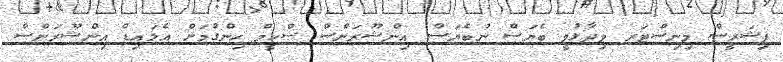
ފިޝަރީސް މިނިސްޓަރ ވިދާޅުވީ ބެޔަސް ނުބެޔަސް އިންޝޫރަންސް ސްކީމް ހިންގުމަށް އެލައިޑް އިންޝޫރަންސް